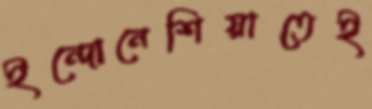
ইন্দোনেশিয়াতেই